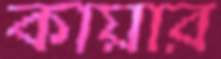
কায়ার